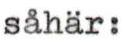
såhär: